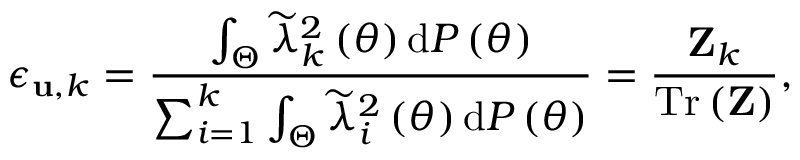
\epsilon _ { { \bf u } , k } = \frac { \int _ { \Theta } { \widetilde \lambda } _ { k } ^ { 2 } \left( \theta \right) \mathrm { d } { \cal P } \left( \theta \right) } { \sum _ { i = 1 } ^ { k } \int _ { \Theta } { \widetilde \lambda } _ { i } ^ { 2 } \left( \theta \right) \mathrm { d } { \cal P } \left( \theta \right) } = \frac { { \bf { Z } } _ { k } } { { \mathrm { T r } } \left( { \bf { Z } } \right) } ,